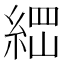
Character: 𰫪